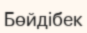
Бөйдібек